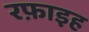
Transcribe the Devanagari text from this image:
रफ़ाइह